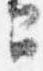
間